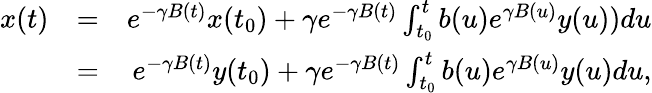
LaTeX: \begin{array}{rlr}{x(t)}&{=}&{e^{-\gamma B(t)}x(t_{0})+\gamma e^{-\gamma B(t)}\int_{t_{0}}^{t}b(u)e^{\gamma B(u)}y(u))du}\\ &{=}&{e^{-\gamma B(t)}y(t_{0})+\gamma e^{-\gamma B(t)}\int_{t_{0}}^{t}b(u)e^{\gamma B(u)}y(u)du,}\end{array}